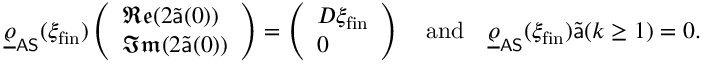
\underline { { \varrho } } _ { \mathsf { A S } } ( \xi _ { \mathrm { f i n } } ) \left( \begin{array} { l } { \mathfrak { R e } ( 2 \widetilde { \mathsf { a } } ( 0 ) ) } \\ { \mathfrak { I m } ( 2 \widetilde { \mathsf { a } } ( 0 ) ) } \end{array} \right) = \left( \begin{array} { l } { D \xi _ { \mathrm { f i n } } } \\ { 0 } \end{array} \right) \quad \mathrm { a n d } \quad \underline { { \varrho } } _ { \mathsf { A S } } ( \xi _ { \mathrm { f i n } } ) \widetilde { \mathsf { a } } ( k \geq 1 ) = 0 .